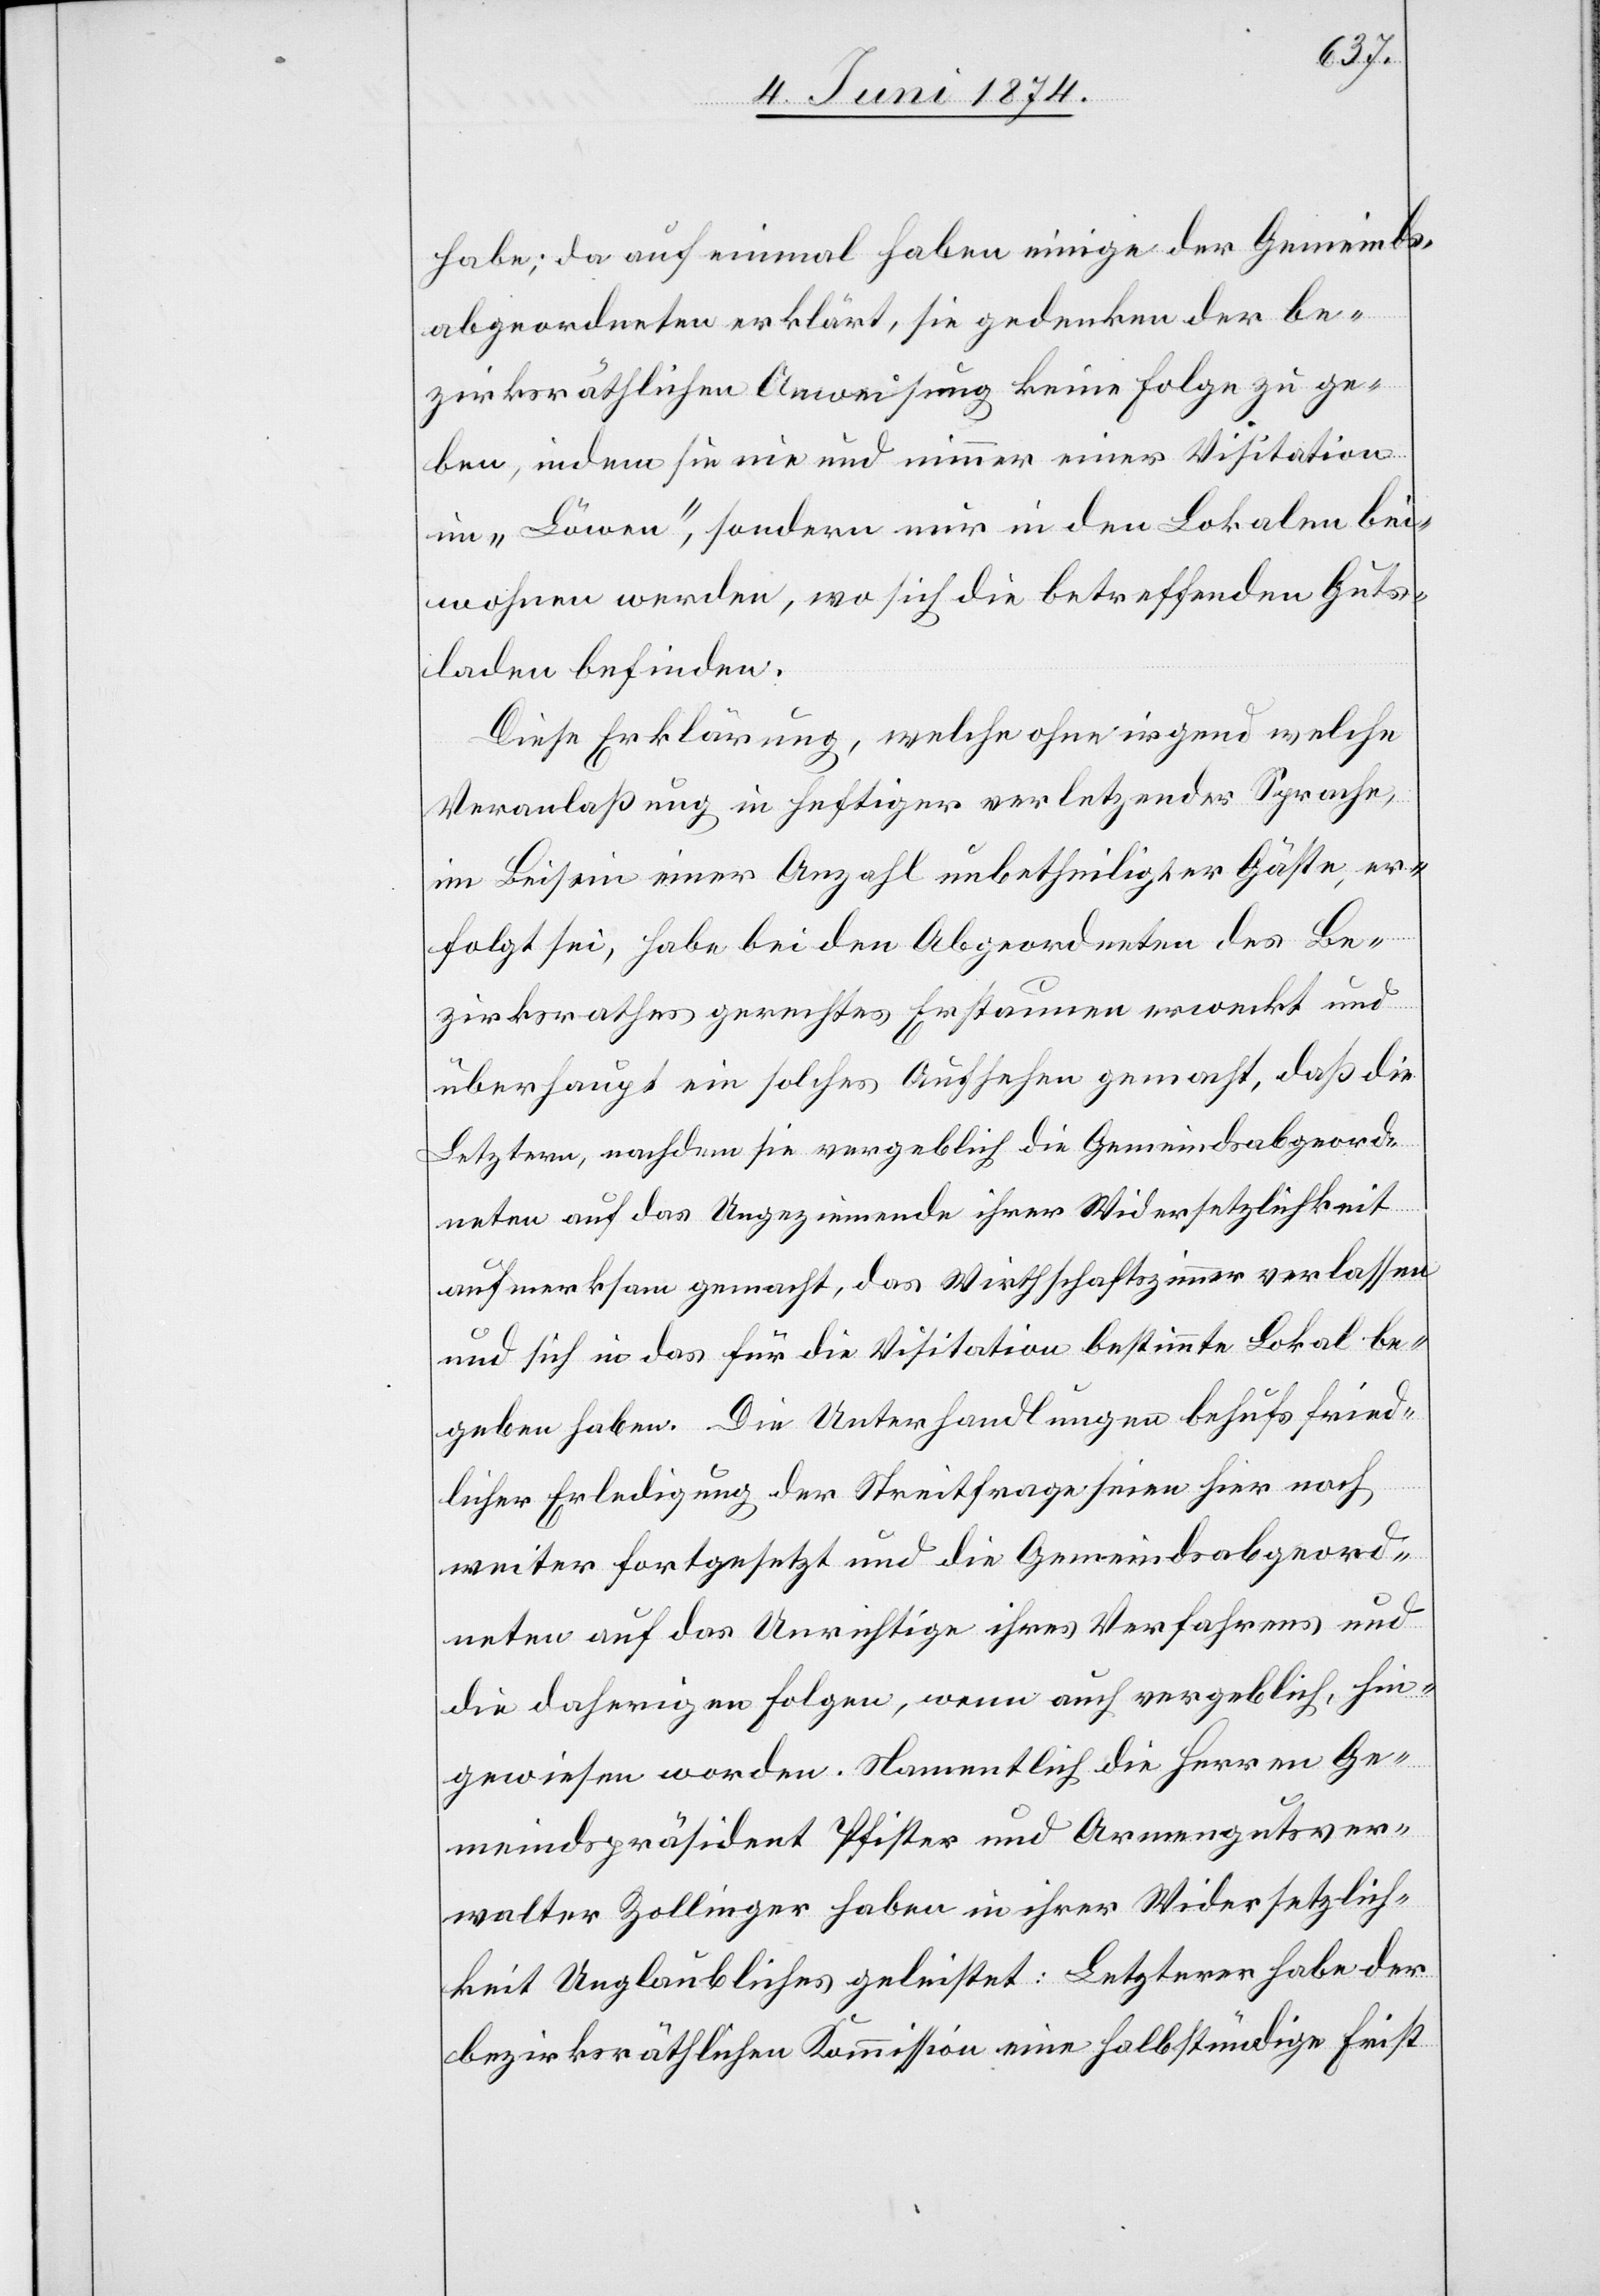
habe; da auf einmal haben einige der Gemeinds¬
abgeordneten erklärt, sie gedenken der be¬
zirksräthlichen Anweisung keine Folge zu ge¬
ben, indem sie nie und nimmer einer Visitation
im „Löwen“, sondern nur in den Lokalen bei¬
wohnen werden, wo sich die betreffenden Guts¬
laden befinden.
Diese Erklärung, welche ohne irgend welche
Veranlaßung in heftiger verletzender Sprache,
im Beisein einer Anzahl unbetheiligter Gäste, er¬
folgt sei, habe bei den Abgeordneten des Be¬
zirksrathes gerechtes Erstaunen erweckt und
überhaupt ein solches Aufsehen gemacht, daß die
Letztern, nachdem sie vergeblich die Gemeindsabgeord¬
neten auf das Ungeziemende ihrer Widersetzlichkeit
aufmerksam gemacht, das Wirthschaftszimmer verlassen
und sich in das für die Visitation bestimmte Lokal be¬
geben haben. Die Unterhandlungen behufs fried¬
licher Erledigung der Streitfrage seien hier noch
weiter fortgesetzt und die Gemeindsabgeord¬
neten auf das Unrichtige ihres Verfahrens und
die daherigen Folgen, wenn auch vergeblich, hin¬
gewiesen worden. Namentlich die Herren Ge¬
meindspräsident Pfister und Armengutsver¬
walter Zollinger haben in ihrer Widersetzlich¬
keit Unglaubliches geleistet: Letzerer habe der
bezirksräthlichen Kommission eine halbstündige Frist